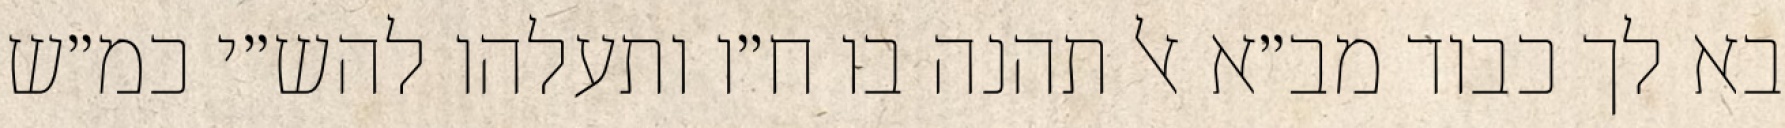
בא לך כבוד מב״א אל תהנה בו ח״ו ותעלהו להש״י כמ״ש